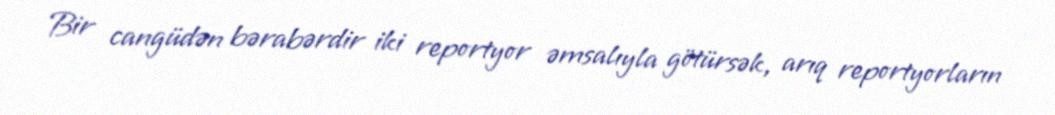
Bir cangüdən bərabərdir iki reportyor əmsalıyla götürsək, arıq reportyorların